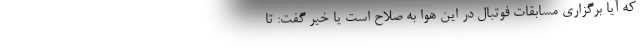
که آیا برگزاری مسابقات فوتبال در این هوا به صلاح است یا خیر گفت: تا